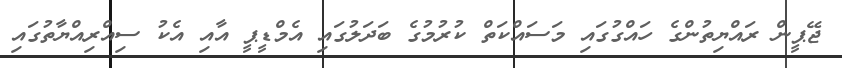
ޖޭޕީން ރައްޔިތުންގެ ހައްގުގައި މަސައްކަތް ކުރުމުގެ ބަދަލުގައި އެމްޑީޕީ އާއި އެކު ސިއްރިއްޔާތުގައި